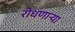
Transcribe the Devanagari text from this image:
रोधणाऱ्या